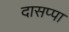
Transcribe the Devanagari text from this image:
दासप्पा